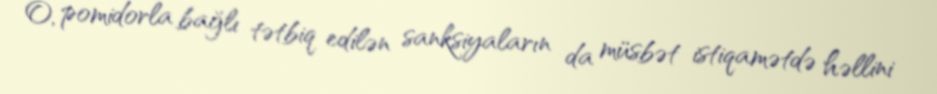
O, pomidorla bağlı tətbiq edilən sanksiyaların da müsbət istiqamətdə həllini